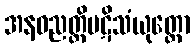
အနဝညတ္တိပဋိသံယုတ္တော